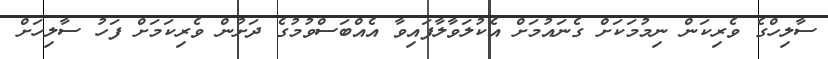
ސާލިހްގެ ވެރިކަން ނިމުމަކަށް ގެނައުމަށް އެކުލަވާލާފައިވާ އެއްބަސްވުމުގެ ދަށުން ވެރިކަމަށް ފަހު ސާލިހަށް